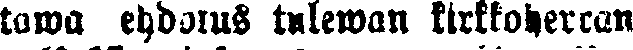
tawa ehdotus tulewan kirkkoherran